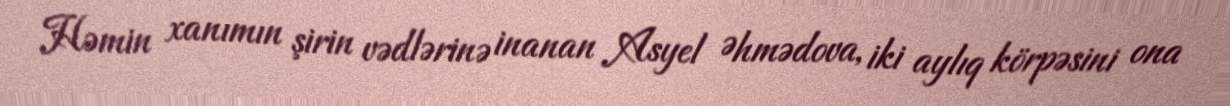
Həmin xanımın şirin vədlərinə inanan Asyel Əhmədova, iki aylıq körpəsini ona